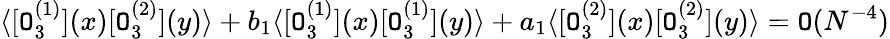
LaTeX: \langle[\mathtt{O}_{3}^{(1)}](x)[\mathtt{O}_{3}^{(2)}](y)\rangle+b_{1}\langle[\mathtt{O}_{3}^{(1)}](x)[\mathtt{O}_{3}^{(1)}](y)\rangle+a_{1}\langle[\mathtt{O}_{3}^{(2)}](x)[\mathtt{O}_{3}^{(2)}](y)\rangle=\mathtt{O}(N^{-4})